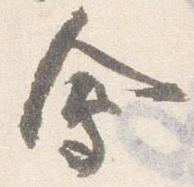
会